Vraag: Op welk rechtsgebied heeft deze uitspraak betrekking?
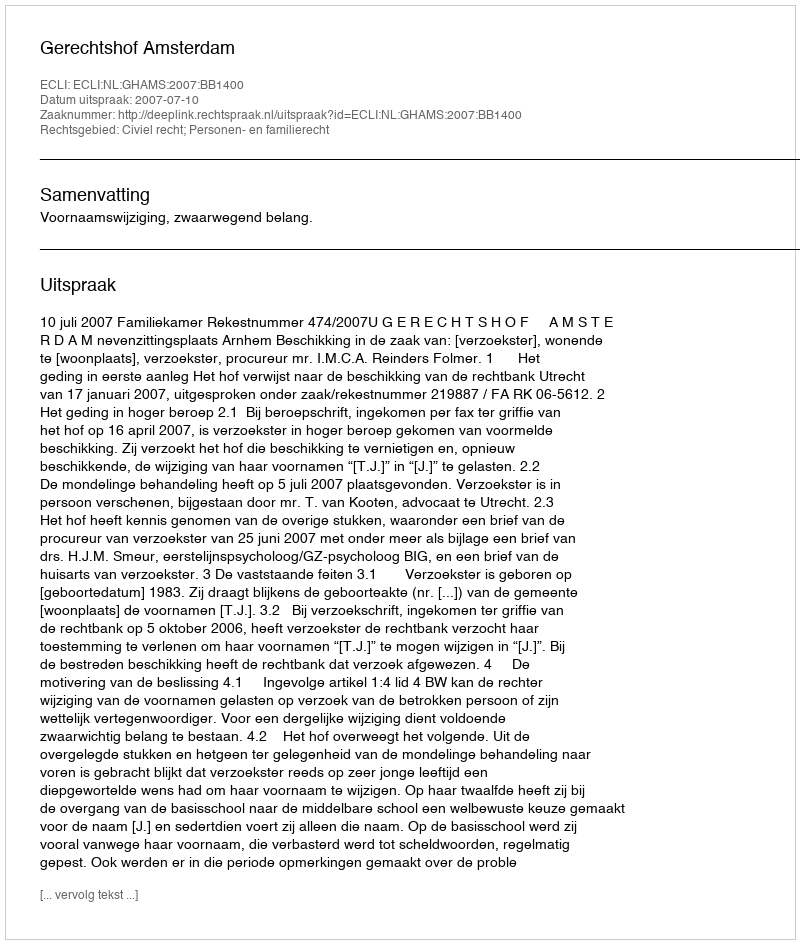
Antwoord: Civiel recht; Personen- en familierecht